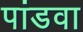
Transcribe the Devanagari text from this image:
पांडवा